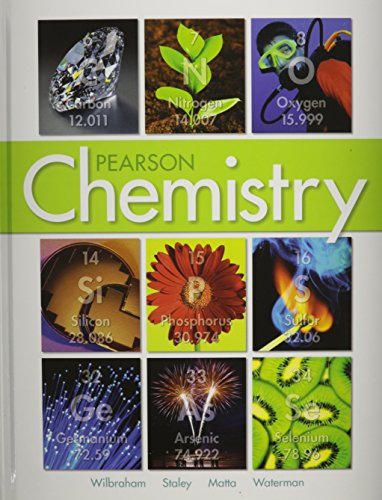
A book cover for CHEMISTRY 2012 STUDENT EDITION (HARD COVER) GRADE 11; PRENTICE HALL; Teen & Young Adult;